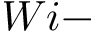
W i -